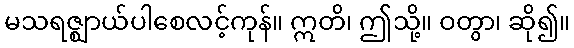
မသရဇ္ဈာယ်ပါစေလင့်ကုန်။ ဣတိ၊ ဤသို့။ ဝတွာ၊ ဆို၍။